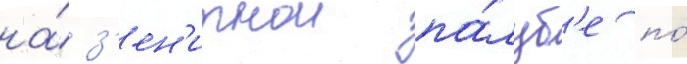
на́ з'ен'итнои па́луб'е по́